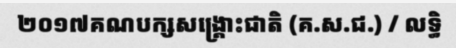
២០១៧គណបក្សសង្គ្រោះជាតិ (គ.ស.ជ.) / លទ្ធិ